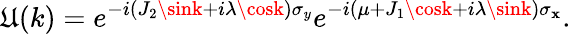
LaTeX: \mathfrak{U}(k)=e^{-i(J_{2}\sink+i\lambda\cosk)\sigma_{y}}e^{-i(\mu+J_{1}\cosk+i\lambda\sink)\sigma_{\mathbf{x}}}.